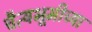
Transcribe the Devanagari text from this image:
चैत्यभूमीच्या